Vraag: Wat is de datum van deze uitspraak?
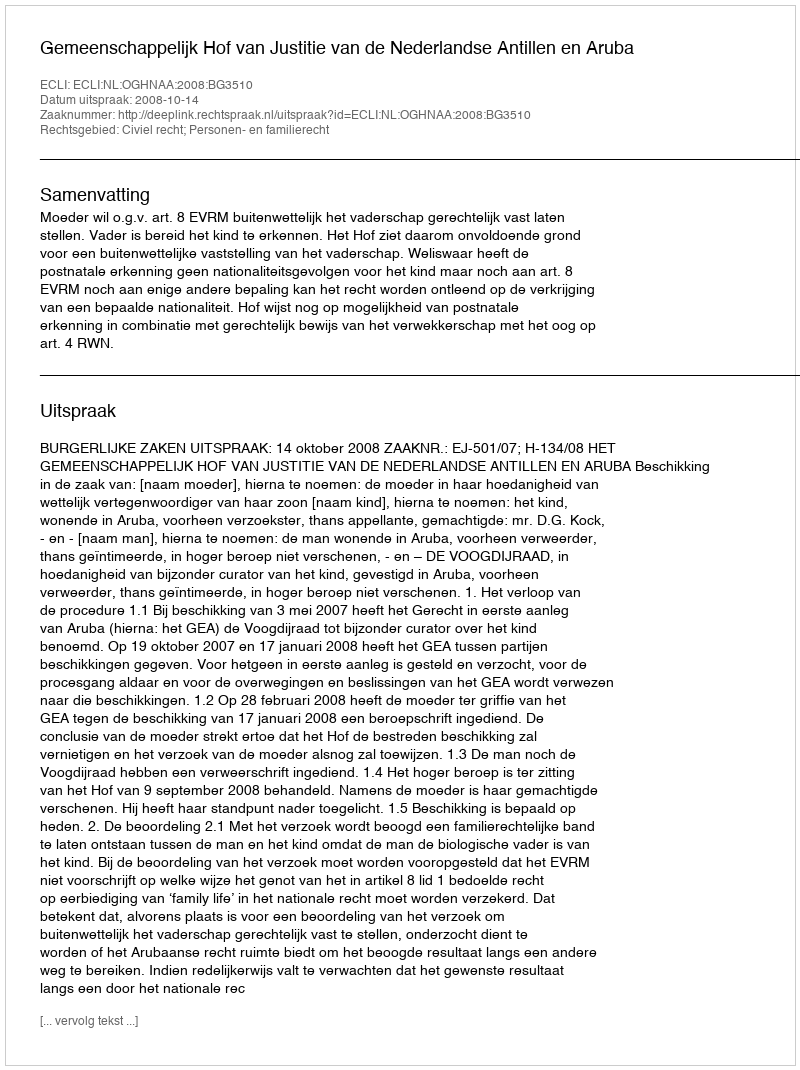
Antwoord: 2008-10-14